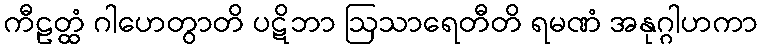
ကီဠတ္ထံ ဂါဟေတွာတိ ပဋိဘာ ဩသာရေတီတိ ရမဏံ အနုဂ္ဂါဟကာ